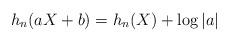
LaTeX: \begin{align*} h_n(aX+b) = h_n(X) + \log |a|\end{align*}